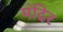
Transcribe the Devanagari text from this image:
मंदिर